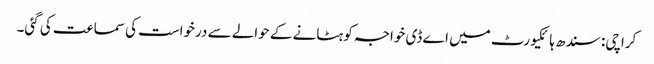
کراچی: سندھ ہائکیورٹ میں اے ڈی خواجہ کو ہٹانے کے حوالے سے درخواست کی سماعت کی گئی۔